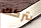
يتركك